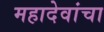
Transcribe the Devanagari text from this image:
महादेवांचा